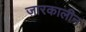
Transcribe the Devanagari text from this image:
ज़ारकालीन